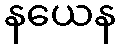
နယေန